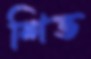
শিভ